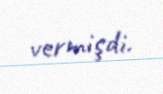
vermişdi.